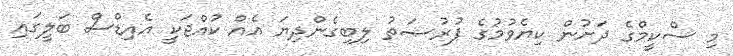
މި ސްކީމްގެ ދަށުން ކިޔެވުމުގެ ފުރުޞަތު ލިބިގެންދިޔަ އެއް ކުއްޖަކީ އެއިޑްސް ބަލީގައި